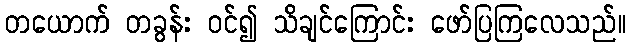
တယောက် တခွန်း ဝင်၍ သိချင်ကြောင်း ဖော်ပြကြလေသည်။